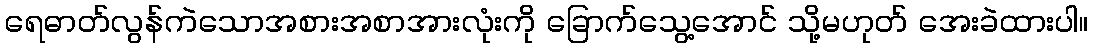
ရေဓာတ်လွန်ကဲသောအစားအစာအားလုံးကို ခြောက်သွေ့အောင် သို့မဟုတ် အေးခဲထားပါ။